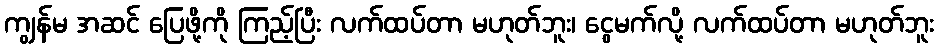
ကျွန်မ အဆင် ပြေဖို့ကို ကြည့်ပြီး လက်ထပ်တာ မဟုတ်ဘူး၊ ငွေမက်လို့ လက်ထပ်တာ မဟုတ်ဘူး